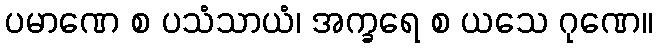
ပမာဏေ စ ပသံသာယံ၊ အက္ခရေ စ ယသေ ဂုဏေ။